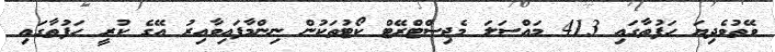
ވޭތުވެދިޔަ ހަފުތާގައި 413 މައްސަލަ މެޖިސްޓްރޭޓް ކޯޓުތަކުން ނިންމާފައިވާއިރު އޭގެ ކުރީ ހަފުތާގައި